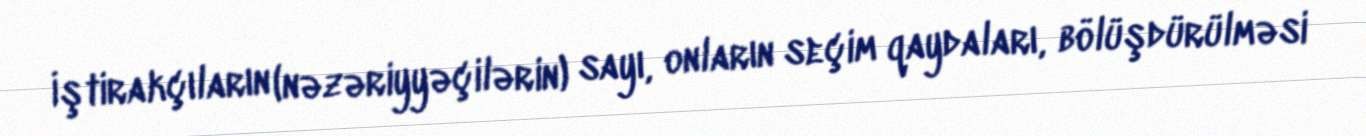
İştirakçıların (nəzəriyyəçilərin) sayı, onların seçim qaydaları, bölüşdürülməsi